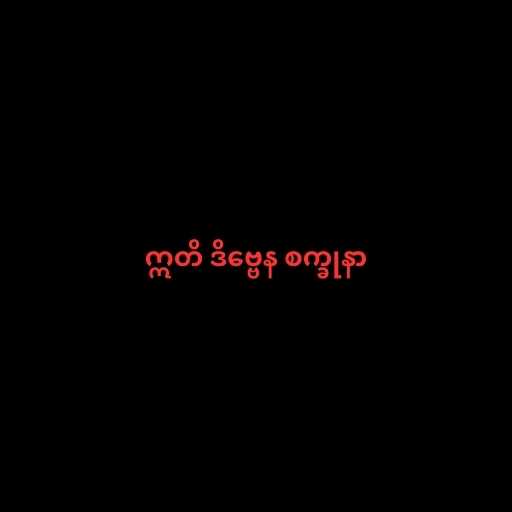
ဣတိ ဒိဗ္ဗေန စက္ခုနာ